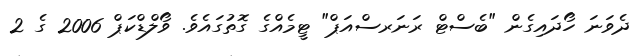
ދެވަނަ ހޯދައިގެން "ބެސްޓް ރަނަރސްއަޕް" ޓީމެއްގެ ގޮތުގައެވެ. ވޯލްޑްކަޕް 2006 ގެ 2